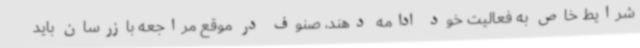
شرایط خاص به فعالیت خود ادامه دهند، صنوف در موقع مراجعه بازرسان باید